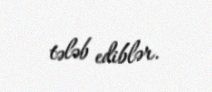
tələb ediblər.